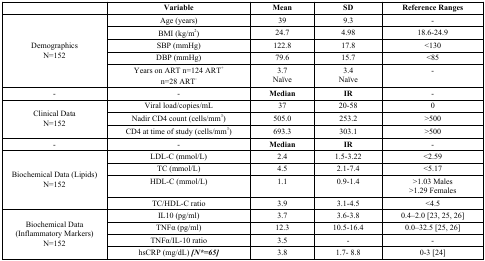
|  | Variable | Mean | SD | Reference Ranges |
 | --- | --- | --- | --- | --- |
 | <ROWSPAN=5> DemographicsN=152 | Age (years) | 39 | 9.3 | - |
 | BMI (kg/m2) | 24.7 | 4.98 | 18.6-24.9 |
 | SBP (mmHg) | 122.8 | 17.8 | <130 |
 | DBP (mmHg) | 79.6 | 15.7 | <85 |
 | Years on ART n=124 ART+n=28 ART- | 3.7Naïve | 3.4Naïve | - |
 | - | - | Median | IR | - |
 | <ROWSPAN=3> Clinical DataN=152 | Viral load/copies/mL | 37 | 20-58 | 0 |
 | Nadir CD4 count (cells/mm3) | 505.0 | 253.2 | >500 |
 | CD4 at time of study (cells/mm3) | 693.3 | 303.1 | >500 |
 | - | - | Median | IR | - |
 | <ROWSPAN=4> Biochemical Data (Lipids)N=152 | LDL-C (mmol/L) | 2.4 | 1.5-3.22 | <2.59 |
 | TC (mmol/L) | 4.5 | 2.1-7.4 | <5.17 |
 | HDL-C (mmol/L) | 1.1 | 0.9-1.4 | >1.03 Males>1.29 Females |
 | TC/HDL-C ratio | 3.9 | 3.1-4.5 | <4.5 |
 | <ROWSPAN=4> Biochemical Data (Inflammatory Markers)N=152 | IL10 (pg/ml) | 3.7 | 3.6-3.8 | 0.4–2.0 [23, 25, 26] |
 | TNFα (pg/ml) | 12.3 | 10.5-16.4 | 0.0–32.5 [25, 26] |
 | TNFα/IL-10 ratio | 3.5 | - | - |
 | hsCRP (mg/dL) [N*=65] | 3.8 | 1.7- 8.8 | 0-3 [24] |